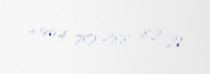
+994 70 288 82 21